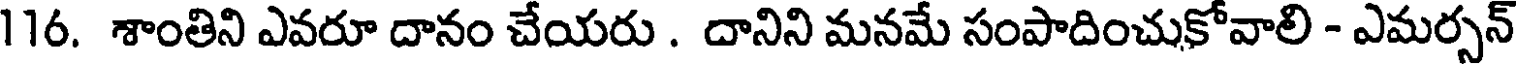
116. శాంతిని ఎవరూ దానం చేయరు . దానిని మనమే సంపాదించుకోవాలి - ఎమర్సన్